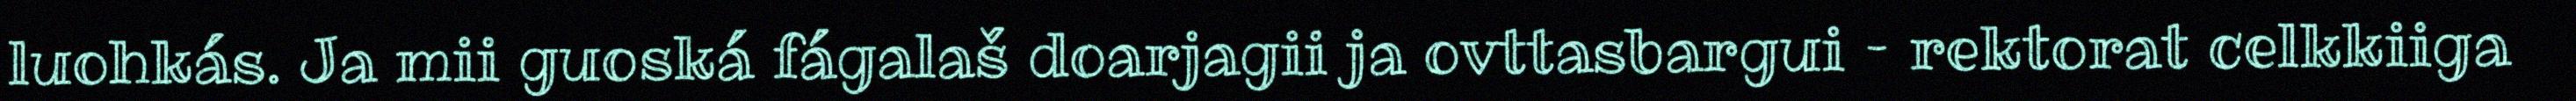
luohkás. Ja mii guoská fágalaš doarjagii ja ovttasbargui – rektorat celkkiiga